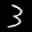
Label: 3